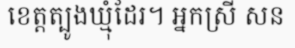
ខេត្តត្បូងឃ្មុំដែរ។ អ្នកស្រី សន